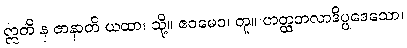
ဣတိ န ဇာနာတိ ယထာ၊ သို့။ ဧဝမေဝ၊ တူ။ ဟတ္ထတလာဒိပ္ပဒေသော၊